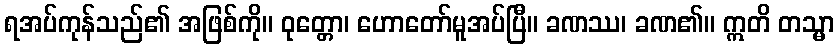
ရအပ်ကုန်သည်၏ အဖြစ်ကို။ ဝုတ္တော၊ ဟောတော်မူအပ်ပြီ။ ခဏဿ၊ ခဏ၏။ ဣတိ တသ္မာ